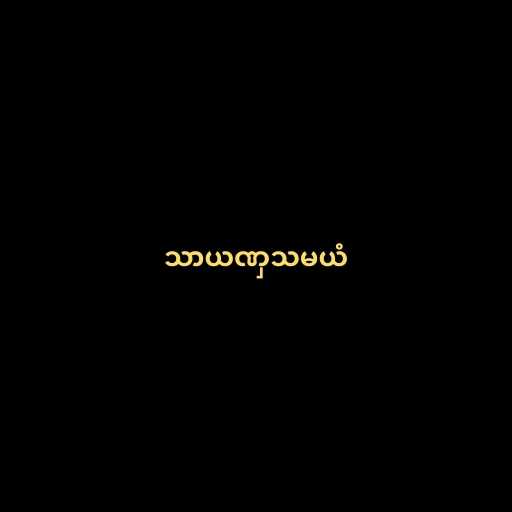
သာယဏှသမယံ